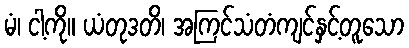
မံ၊ ငါ့ကို။ ယံတုဒတိ၊ အကြင်သံတံကျင်နှင့်တူသော